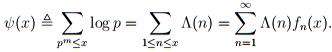
$\psi(x) \triangleq \sum_{p^{m} \leq x} \log p=\sum_{1 \leq n \leq x} \Lambda(n)=\sum_{n=1}^{\infty} \Lambda(n) f_{n}(x)$